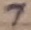
Text: 7